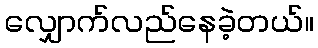
လျှောက်လည်နေခဲ့တယ်။